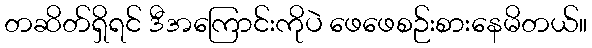
တဆိတ်ရှိရင် ဒီအကြောင်းကိုပဲ ဖေဖေစဉ်းစားနေမိတယ်။